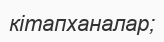
кітапханалар;